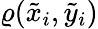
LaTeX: \varrho(\tilde{x}_{i},\tilde{y}_{i})